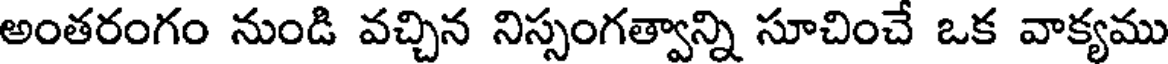
అంతరంగం నుండి వచ్చిన నిస్సంగత్వాన్ని సూచించే ఒక వాక్యము